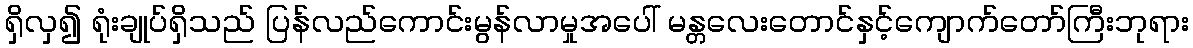
ရှိလှ၍ ရုံးချုပ်ရှိသည် ပြန်လည်ကောင်းမွန်လာမှုအပေါ် မန္တလေးတောင်နှင့်ကျောက်တော်ကြီးဘုရား